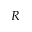
R